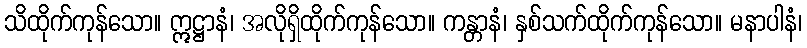
သိထိုက်ကုန်သော။ ဣဋ္ဌာနံ၊ အလိုရှိထိုက်ကုန်သော။ ကန္တာနံ၊ နှစ်သက်ထိုက်ကုန်သော။ မနာပါနံ၊